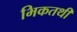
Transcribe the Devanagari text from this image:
भिकतथी